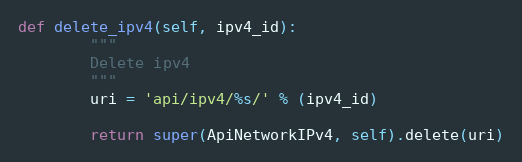
Language: Python
def delete_ipv4(self, ipv4_id):
        """
        Delete ipv4
        """
        uri = 'api/ipv4/%s/' % (ipv4_id)

        return super(ApiNetworkIPv4, self).delete(uri)